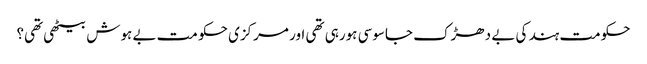
حکومت ہند کی بے دھڑک جاسوسی ہورہی تھی اور مرکزی حکو مت بے ہوش بیٹھی تھی؟